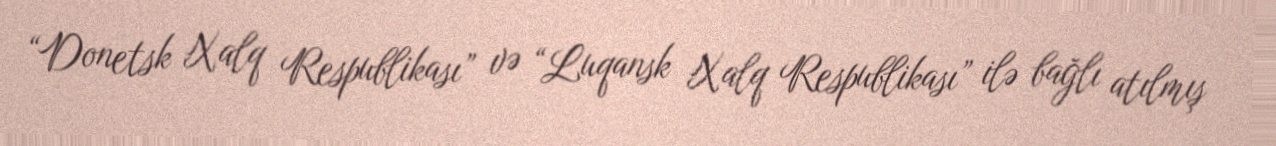
“Donetsk Xalq Respublikası” və “Luqansk Xalq Respublikası” ilə bağlı atılmış